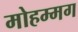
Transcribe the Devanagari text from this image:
मोहम्मग